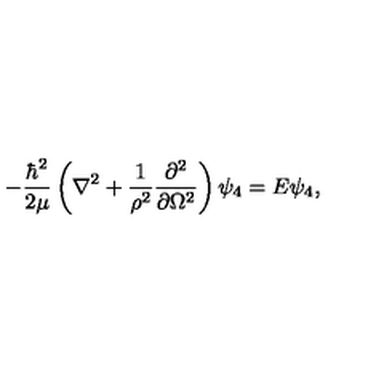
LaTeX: - \frac { \hbar ^ { 2 } } { 2 \mu } \left( \nabla ^ { 2 } + \frac { 1 } { \rho ^ { 2 } } \frac { \partial ^ { 2 } } { \partial \Omega ^ { 2 } } \right) \psi _ { 4 } = E \psi _ { 4 } ,